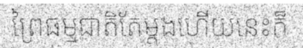
ព្រៃធម្មជាតិតែម្តងហើយនេះក៏